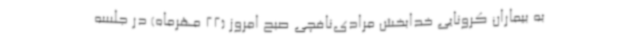
به بیماران کرونایی خدابخش مرادی‌نافچی صبح امروز (22 مهرماه) در جلسه